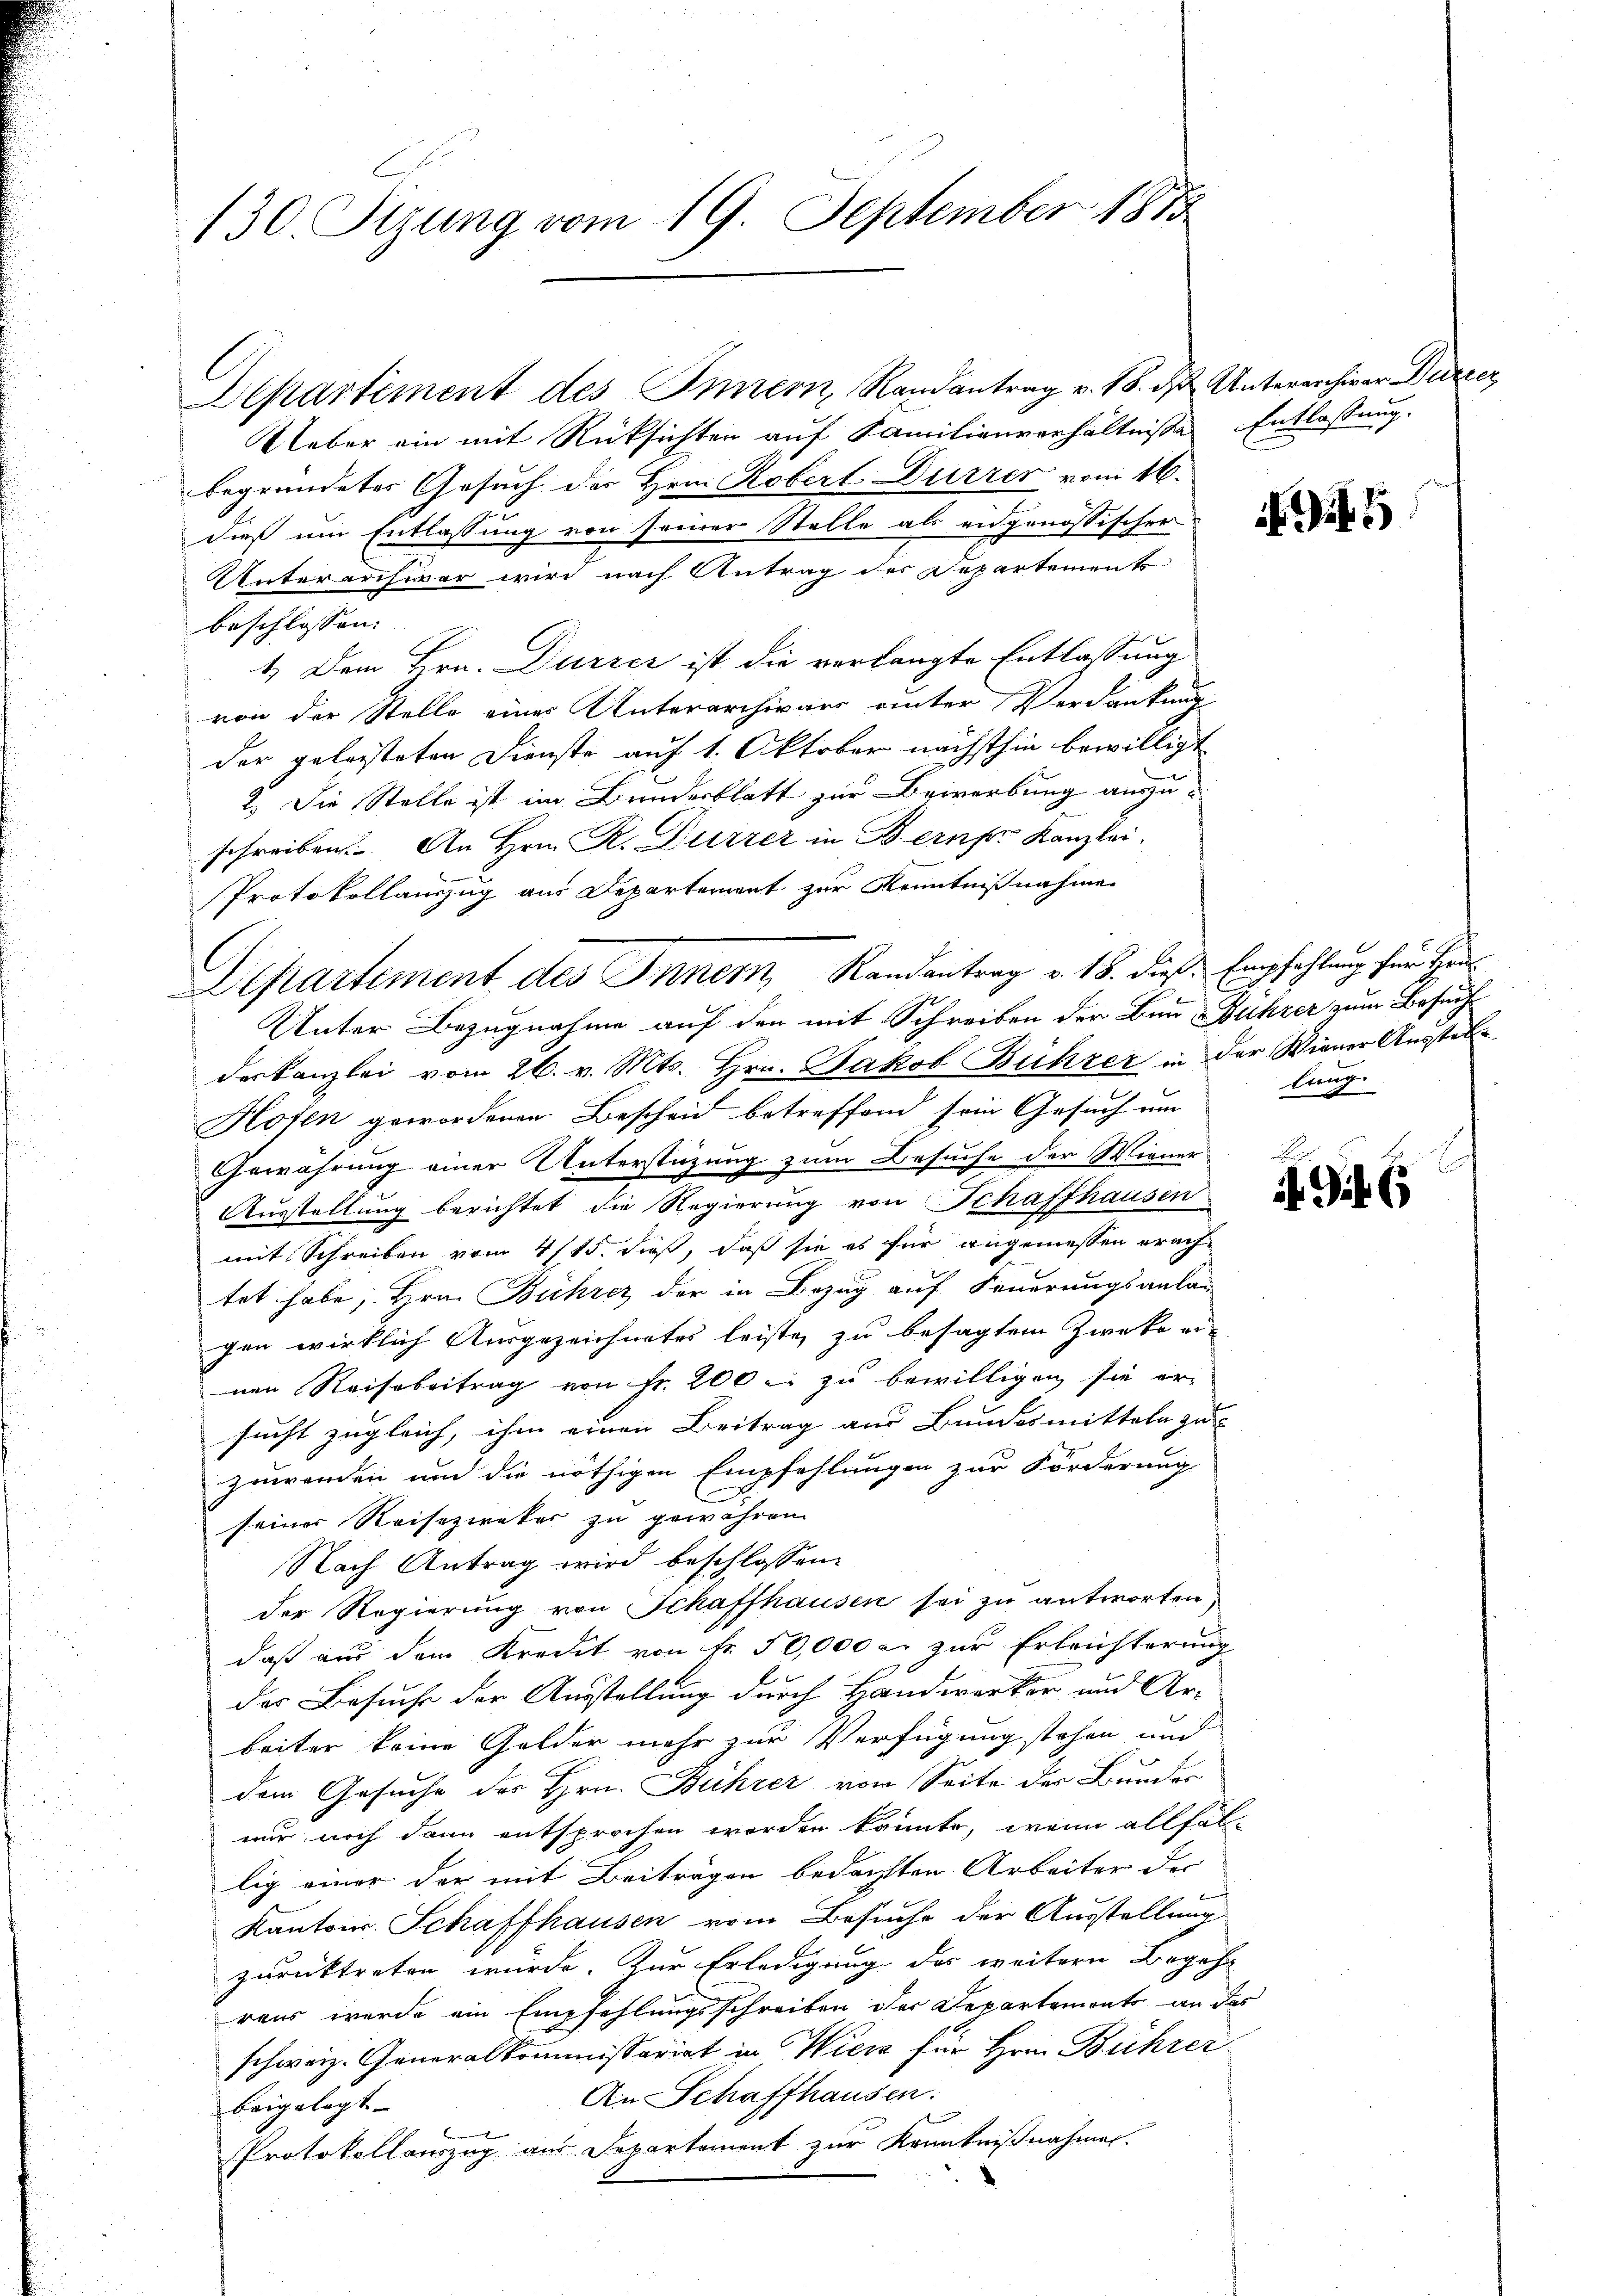
130. Sizung vom 19. September 181

Ueber ein mit Rücksichten auf Familienverhältnisse Entlassung.
begründeter Gesuch der Hrn. Robert Dürrer vom 16.
dieß um Entlassung von seiner Stelle als eidgenössischer
Unterarchivar wird nach Antrag des Departement
beschlossen:
1.) Dem Hrn. Durzer ist die verlangte Entlassung
von der Stelle einer Unterarchivars einter Verdankung
der geleisteten Dienste auf 1. Oktober nächsthin bewilligt
2. Die Stelle ist im Bundesblatt zur Bewerbung auszuschreiben. An Hrn. R. Dürzer in Bern Kanzlei
Protokollauszug aus Departement zur Kenntnißnahme
l
Departement des Innern Randantrag v. 18. dieß. Empfehlung für Hrus

Departiment des Innern, Randantrag v. 18. d. Untererchiver Bürzer

5

lung

Unter Bezugnahme auf den mit Schreiben der Bau & Bührer zum Besuchdeskanzlei vom 26. v. Mts. Hrn. Jakob Bichzer in der Wiener Ausstelle
Hofen gewordenen Bescheid betreffend sein Gesuch um
Gewährung einer Unterstüzung zum Besuche der Wiener
Ausstellung berichtet die Regierung von Schaffhausen
mit Schreiben vom 4/15. dieß, daß sie es für angemessen erach-
tet habe, Hrn. Bührer der in Bezug auf Feuerungsanlagen wirklich Ausgezeichnetes leiste zu besagtem Zwecke ernen Reise beitrag von fr. 200 - zu bewilligen sie er-
sucht zugleich, ihm einen Beitrag aus Bundesmitteln zu
zuwenden und die nöthigen Empfehlungen zur Förderung
seiner Reisezivater zu gewähren
Nach Antrag wird beschlossen:
der Regierung von Schaffhausen sei zu antworten,
daß aus dem Kredit von fr. 50,000 er zur Erleichterung
das Besuche der Ausstellung durch Handwerker und Ar-
beiter keine Golder mehr zur Verfügung stehen und
dem Gesuche des Hrn. Bührer von Seite der Bundes
nur noch dann entsprochen worden könnte, wenn allfal-
lig einer der mit Beiträgen bedachten Arbeiter der
Kantons Schaffhausen vom Besuche der Ausstellung
zurücktreten würde. Zur Erledigung des weitere Begehr
rens werde ein Empfehlungsschreiben der Departemonts an das
schweiz. Generalkommissariat in Wien für Hrn. Bührer
An Schaffhausen.
beigelegt.
Protokollauszug aus Separtement zur Kenntnißnahmen.

.
d Gil.